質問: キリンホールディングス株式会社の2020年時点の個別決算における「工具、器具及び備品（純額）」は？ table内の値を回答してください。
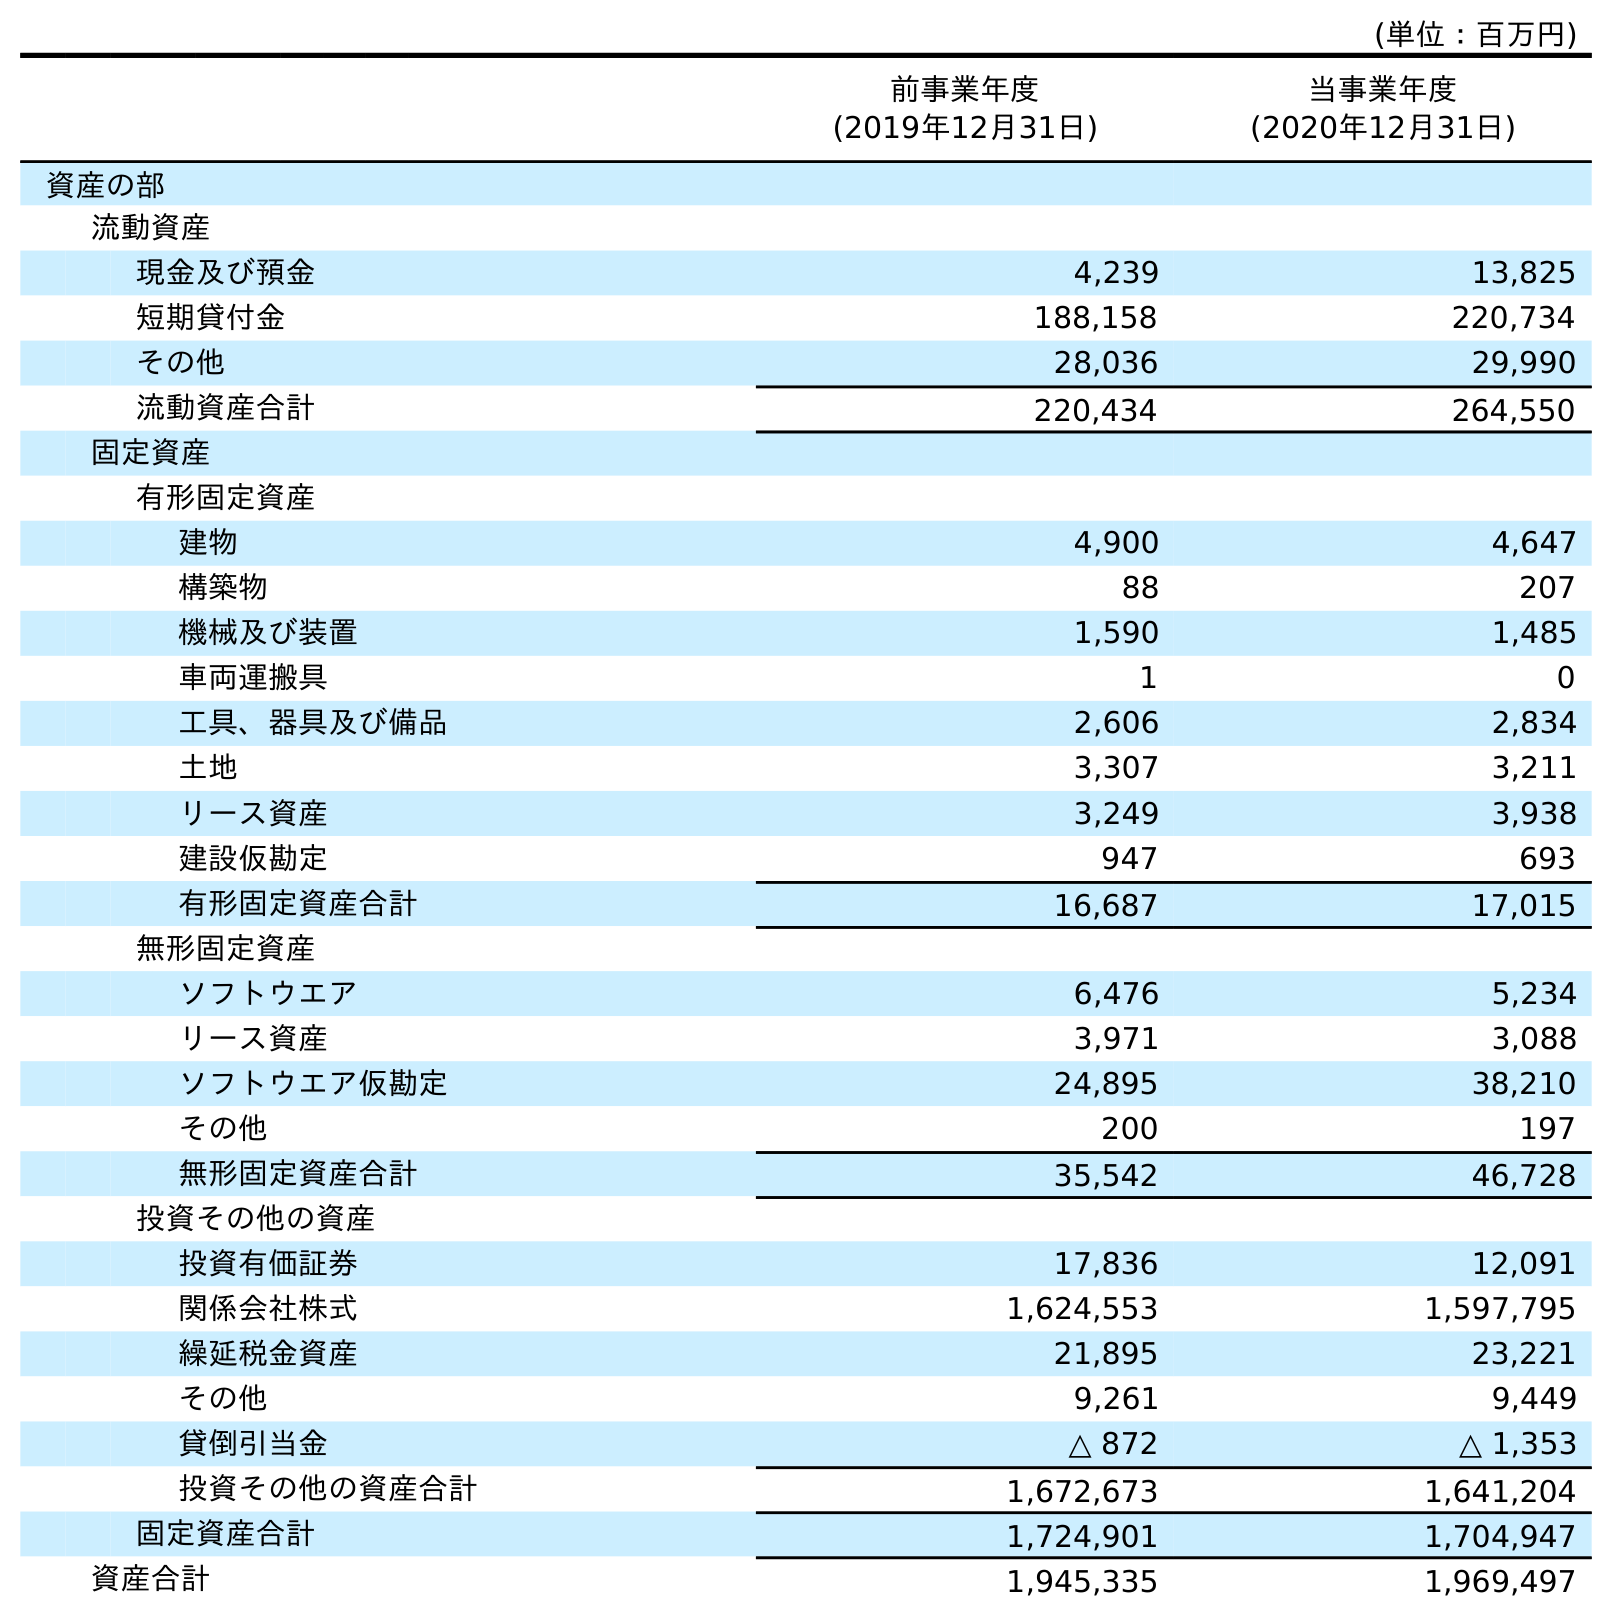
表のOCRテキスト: (単位：百万円) 前事業年度 (2019年12月31日) 当事業年度 (2020年12月31日) 資産の部 流動資産 現金及び預金 4,239 13,825 短期貸付金 188,158 220,734 その他 28,036 29,990 流動資産合計 220,434 264,550 固定資産 有形固定資産 建物 4,900 4,647 構築物 88 207 機械及び装置 1,590 1,485 車両運搬具 1 0 工具、器具及び備品 2,606 2,834 土地 3,307 3,211 リース資産 3,249 3,938 建設仮勘定 947 693 有形固定資産合計 16,687 17,015 無形固定資産 ソフトウエア 6,476 5,234 リース資産 3,971 3,088 ソフトウエア仮勘定 24,895 38,210 その他 200 197 無形固定資産合計 35,542 46,728 投資その他の資産 投資有価証券 17,836 12,091 関係会社株式 1,624,553 1,597,795 繰延税金資産 21,895 23,221 その他 9,261 9,449 貸倒引当金 △ 872 △ 1,353 投資その他の資産合計 1,672,673 1,641,204 固定資産合計 1,724,901 1,704,947 資産合計 1,945,335 1,969,497
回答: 2,834